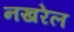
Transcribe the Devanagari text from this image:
नखरेल